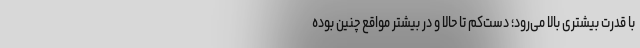
با قدرت بیشتری بالا می‌رود؛ دست‌کم تا حالا و در بیشتر مواقع چنین بوده